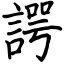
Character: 諤